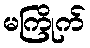
မကြိုက်